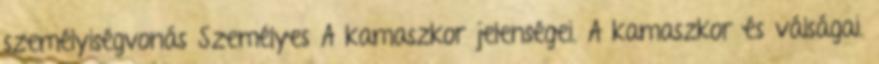
személyiségvonás Személyes A kamaszkor jelenségei. A kamaszkor és válságai.